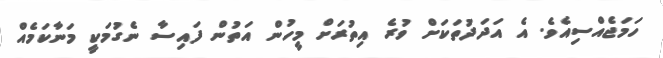
ހަމަޖެއްސިއެވެ. އެ އަދަދުތަކަށް ވުރެ އިތުރަށް މީހުން އަތުން ފައިސާ ނެގުމަކީ މަނާކަމެއް